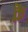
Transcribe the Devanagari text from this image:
क़ॆ